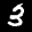
Label: 3